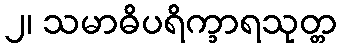
၂၊ သမာဓိပရိက္ခာရသုတ္တ